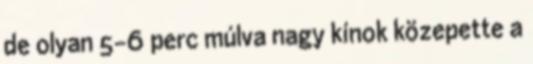
de olyan 5-6 perc múlva nagy kínok közepette a